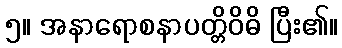
၅။ အနာရောစနာပတ္တိဝိဓိ ပြီး၏။